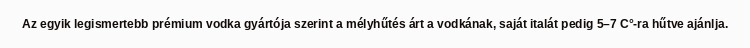
Az egyik legismertebb prémium vodka gyártója szerint a mélyhűtés árt a vodkának, saját italát pedig 5–7 C°-ra hűtve ajánlja.